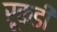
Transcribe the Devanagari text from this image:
रूकडी